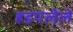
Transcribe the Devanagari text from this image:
हडपलेले